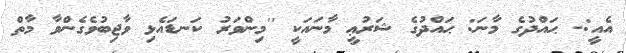
އެއީ:- ޙައްދުގެ މާނަ: ޙައްދުގެ ޝަރުޢީ މާނައަކީ ''މިންވަރު ކަނޑައެޅި ވާޖިބުވެގެންވާ މާތް